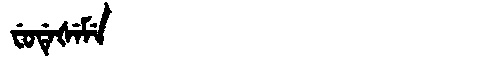
Manchu: ᠸᡠᡩᡝᡧᡝᠮᡝ
Romanization: FUDEŠEME